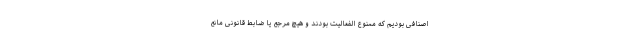
اصنافی بودیم که ممنوع الفعالیت بودند و هیچ مرجع یا ضابط قانونی مانع